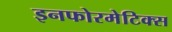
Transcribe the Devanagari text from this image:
इनफोरमेटिक्स